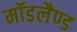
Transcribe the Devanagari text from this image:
मॉडलैण्ड